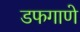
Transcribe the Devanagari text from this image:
डफगाणे